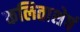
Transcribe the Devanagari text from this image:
कलिताशेषं